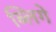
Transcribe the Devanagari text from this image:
ब्लिगे